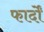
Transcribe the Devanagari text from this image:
फार्दों